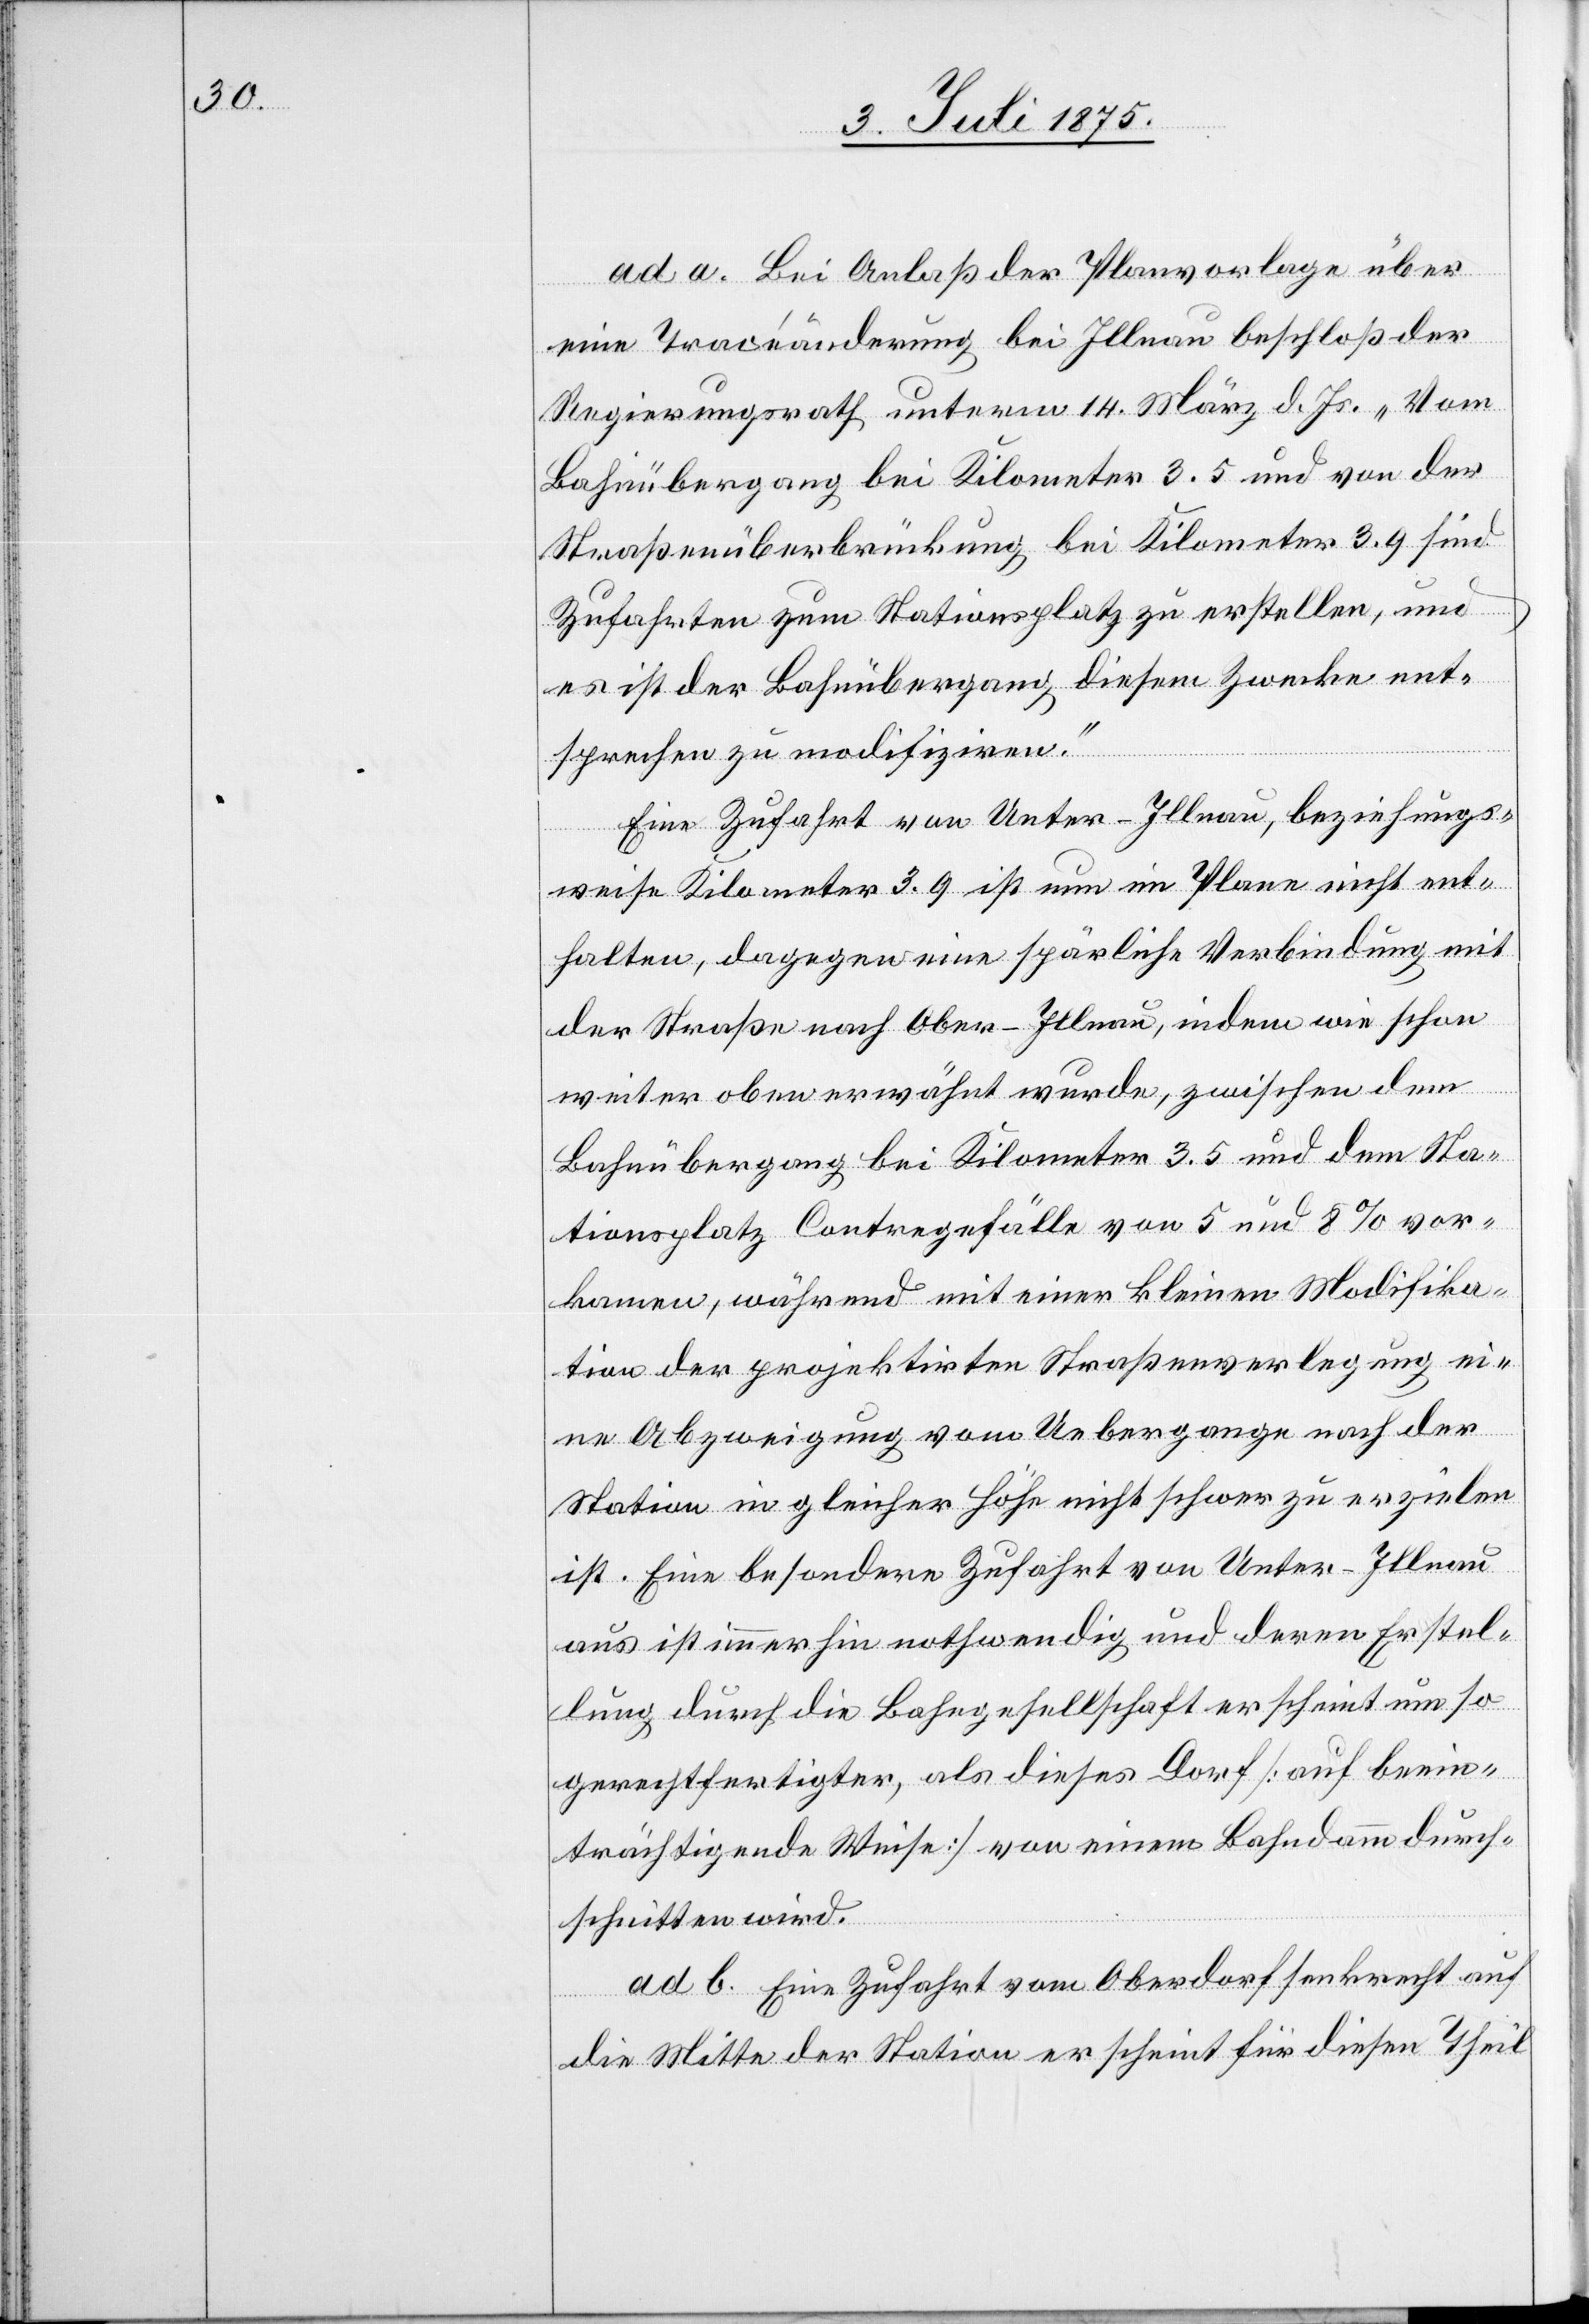
ad a. Bei Anlaß der Planvorlage über
eine Traceänderung bei Illnau beschloß der
Regierungsrath unterm 14. März d. Js. „Vom
Bahnübergang bei Kilometer 3.5 und von der
Straßenüberbrückung bei Kilometer 3.9 sind
Zufahrten zum Stationsplatz zu erstellen, und
es ist der Bahnübergang diesem Zwecke ent¬
sprechend zu modifiziren.“
Eine Zufahrt von Unter-Illnau, beziehungs¬
weise Kilometer 3.9 ist nun im Plane nicht ent¬
halten, dagegen eine spärliche Verbindung mit
der Straße nach Ober-Illnau, indem wie schon
weiter oben erwähnt wurde, zwischen dem
Bahnübergang bei Kilometer 3.5 und dem Sta¬
tionsplatz Contregefälle von 5 und 8% vor¬
kamen, während mit einer kleinen Modifika¬
tion der projektirten Straßenverlegung ei¬
ne Abzweigung vom Uebergange nach der
Station in gleicher Höhe nicht schwer zu erzielen
ist. Eine besondere Zufahrt von Unter-Illnau
aus ist immerhin nothwendig und deren Erstel¬
lung durch die Bahngesellschaft erscheint um so
gerechtfertigter, als dieses Dorf [auf beein¬
trächtigende Weise] von einem Bahndamm durch¬
schnitten wird.
ad b. Eine Zufahrt vom Oberdorf senkrecht auf
die Mitte der Station erscheint für diesen Theil